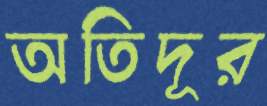
অতিদূর